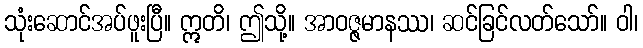
သုံးဆောင်အပ်ဖူးပြီ။ ဣတိ၊ ဤသို့။ အာဝဇ္ဇမာနဿ၊ ဆင်ခြင်လတ်သော်။ ဝါ၊